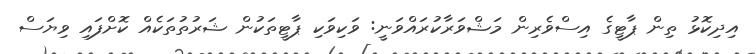
އިދިކޮޅު ތިން ޕާޓީގެ އިސްވެރިން މަޝްވަރާކުރައްވަނީ: ވަކިވަކި ޕާޓީތަކުން ޝަރުތުތަކެއް ކޮށްފައި ވިޔަސް